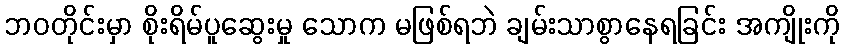
ဘဝတိုင်းမှာ စိုးရိမ်ပူဆွေးမှု သောက မဖြစ်ရဘဲ ချမ်းသာစွာနေရခြင်း အကျိုးကို